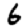
Digit: 6